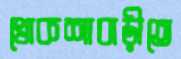
খোকশাবাড়ীতে